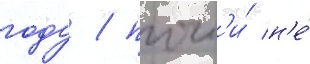
году / почт'и́ н'е́